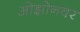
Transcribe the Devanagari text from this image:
ओझोनवर